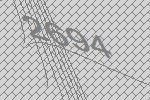
2694